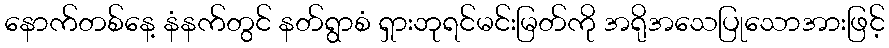
နောက်တစ်နေ့ နံနက်တွင် နတ်ရွာစံ ရှားဘုရင်မင်းမြတ်ကို အရိုအသေပြုသောအားဖြင့်